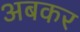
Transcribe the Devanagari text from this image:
अबकर